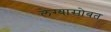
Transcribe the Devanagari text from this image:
लेंग्यासोबत